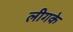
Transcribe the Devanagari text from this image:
लीगके